Source: Handwritten
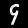
Digit: ၄ (4)